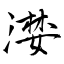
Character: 漤